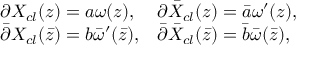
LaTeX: \begin{array} { l l } { { \partial X _ { c l } ( z ) = a \omega ( z ) , } } & { { \partial \bar { X } _ { c l } ( z ) = \bar { a } \omega ^ { \prime } ( z ) , } } \\ { { \bar { \partial } X _ { c l } ( \bar { z } ) = b \bar { \omega } ^ { \prime } ( \bar { z } ) , } } & { { \bar { \partial } \bar { X } _ { c l } ( \bar { z } ) = \bar { b } \bar { \omega } ( \bar { z } ) , } } \end{array}